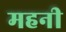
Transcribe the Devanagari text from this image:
महनी